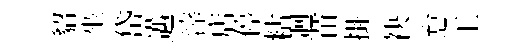
貂坐岱邁滓店停䊀迴苗掛袂怠工